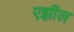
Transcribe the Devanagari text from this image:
एझील